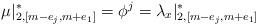
LaTeX: \begin{align*}\mu|_{2, [m-e_j, m+e_1]}^* = \phi^j = \lambda_x|_{2, [m-e_j, m+e_1]}^*\end{align*}